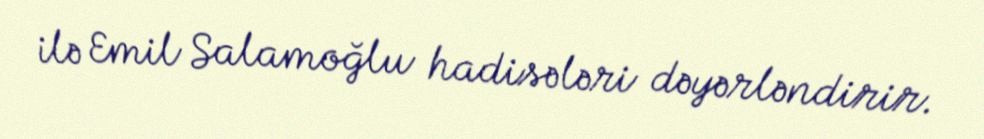
ilə Emil Salamoğlu hadisələri dəyərləndirir.